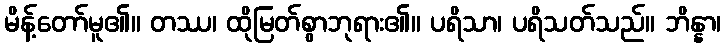
မိန့်တော်မူ၏။ တဿ၊ ထိုမြတ်စွာဘုရား၏။ ပရိသာ၊ ပရိသတ်သည်။ ဘိန္နာ၊